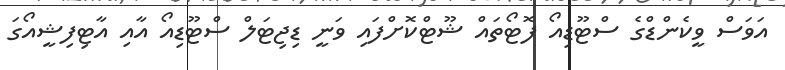
އަވަސް ވީކެންޑްގެ ސްޓޫޑިއޯ ފޮޓޯތައް ޝޫޓްކޮށްފައި ވަނީ ޑިޖިޓަލް ސްޓޫޑިއޯ އާއި އާޓިފިޝީއޯގަ